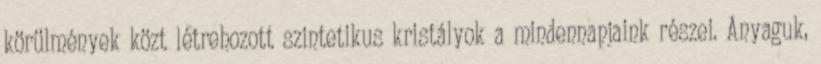
körülmények közt létrehozott szintetikus kristályok a mindennapjaink részei. Anyaguk,